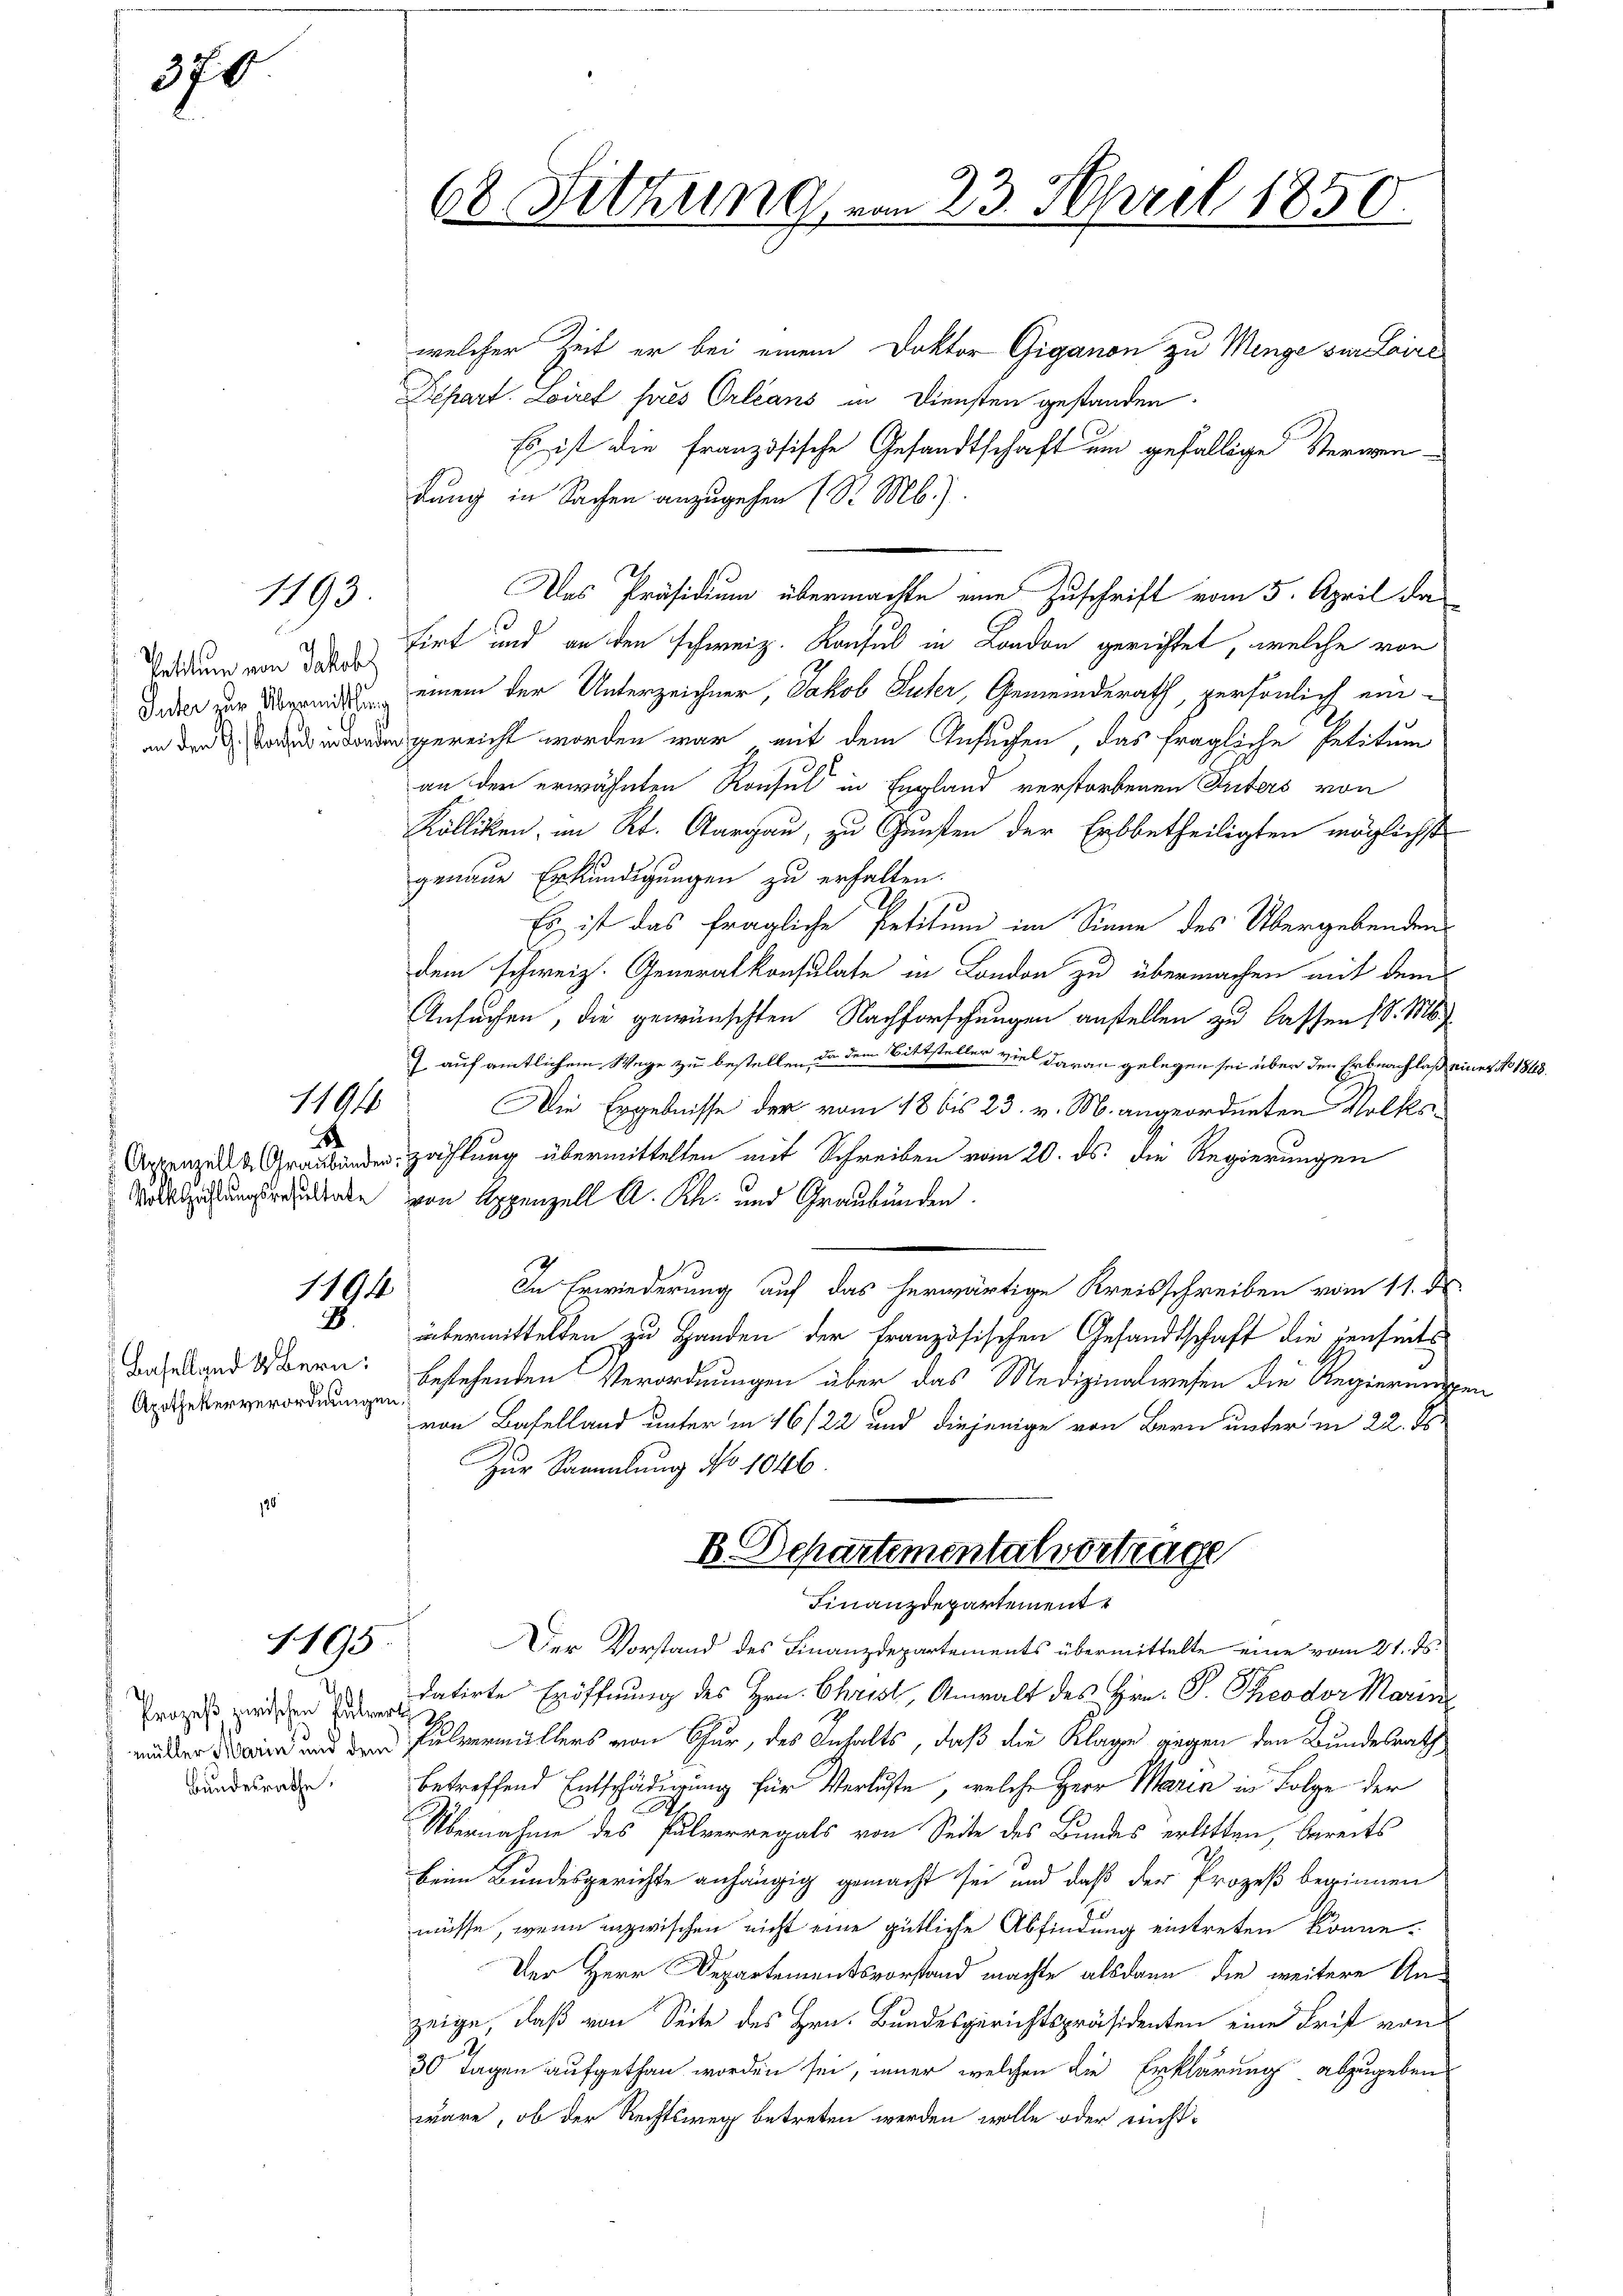
370

Petitum von Jakobs

8

1493

1194

1194

Baselland & Bern:
Apothekerverordnungen.

1195

Bundesrathe.

welcher Zeit er bei einem Doktor Giganon zu Menge zur Laire
Depart. Loire pres Orleans in Diensten gestanden.
Es ist die französische Gesandtschaft um gefällige Sterwen-
dung in Sachen anzugehen (S. Mb.).
Das Präsidium übermachte eine Zuschrift vom 5. April da
tirt und an den schweiz. Konsul in London gerichtet, welche von
Jeder zur Abreits einem der Unterzeichner, Jakob Suter, Gemeinderath, persönlich einingereicht worden war, mit dem Ansuchen, das fragliche Petitum
an der erwähnten Konsul in England verstorbenen Inters von
Kölliken im Kt. Aargau, zu Gunsten der Erbbetheiligten möglichst
genaue Erkundigungen zu erhalten.
Es ist das fragliche Petitum im Sinne des Übergebenden
dem schweiz. Generalkonsulate in London zu übermachen mit dem
Ansuchen, die gewünschten Nachforschungen anstellen zu lassen (S. Ms.
 auf amtlichem Wege zu bestellen, da dem Bittsteller viel daran gelegen sei über den Erbnachlaß eines No 1848.
Die Ergebnisse der vom 18 bis 23. v. M. angeordneten Volks¬
Appenzell Graubender Zahlung übermittelten mit Schreiben vom 20. ds. die Regierungen
Vollziehungsredenke von Appenzell A. Rh. und Graubünden.
In Erwiederung auf das herwärtige Kreisschreiben vom 11. d.
übermittelten zu Handen der französischen Gesandtschaft die jenseits
bestehenden Verordnungen über das Medizinalwesen die Regierungen
von Baselland unter in 16/22 und diejenige von Bern unter in 22. ds.
Zur Sammlung No 1046.
B Departementalvortrage
Finanzdepartement
Der Vorstand des Finanzdepartements übermittelte eine vom 21. ds.
Prozeß zwischen datirte Eröffnung des Hrn. Christ, Anwalt des Hrn. P. Theodor Marin
ei und der Pulvermüllers von Chur, des Inhalts, daß die Klage gegen den Bundesrath
betreffend Entschädigung für Verluste, welche Herr Maria in Folge der
Übernahme des Pulverregals von Seite des Bundes erlitten, bereits
beim Bundesgerichte anhängig gemacht sei und daß der Prozeß beginnen
müsse, wenn inzwischen nicht eine gütliche Abfindung eintreten könne.
Der Herr Departementsvorstand machte alsdann die weitere Anzeige, daß von Seite des Hrn. Bundesgerichtspräsidenten eine Trift von
30 Tagen aufgethan worden sei, immer welchen die Erklärung abzugeben
wäre, ob der Rechtsweg betreten werden wolle oder nicht¬

68 Fittung vom 23. April 1850.